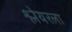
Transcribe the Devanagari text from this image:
श्लेयरला